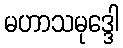
မဟာသမုဒ္ဒေါ